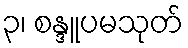
၃၊ စန္ဒူပမသုတ်